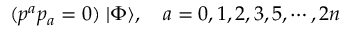
( p ^ { a } p _ { a } = 0 ) \; | \Phi \rangle , \quad a = 0 , 1 , 2 , 3 , 5 , \cdots , 2 n